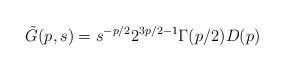
LaTeX: \begin{align*}\tilde G(p,s) = s^{-p/2}2^{3p/2-1}\Gamma(p/2)D(p)\end{align*}